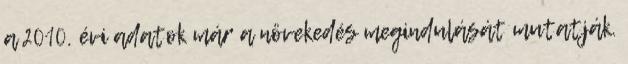
a 2010. évi adatok már a növekedés megindulását mutatják.